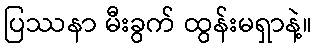
ပြဿနာ မီးခွက် ထွန်းမရှာနဲ့။